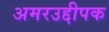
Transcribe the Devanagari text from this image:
अमरउद्दीपक